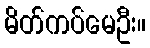
မိတ်ကပ်မေဦး။